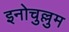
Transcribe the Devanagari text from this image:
इनोचुल्लुम